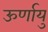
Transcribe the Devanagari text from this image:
ऊर्णायु